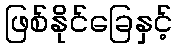
ဖြစ်နိုင်ခြေနှင့်